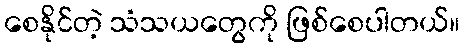
စေနိုင်တဲ့ သံသယတွေကို ဖြစ်စေပါတယ်။